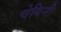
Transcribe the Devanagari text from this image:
चेयिनी